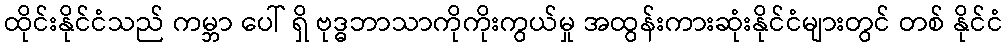
ထိုင်းနိုင်ငံသည် ကမ္ဘာ ပေါ် ရှိ ဗုဒ္ဓဘာသာကိုကိုးကွယ်မှု အထွန်းကားဆုံးနိုင်ငံများတွင် တစ် နိုင်ငံ